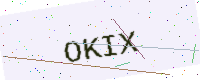
Text: OKIX